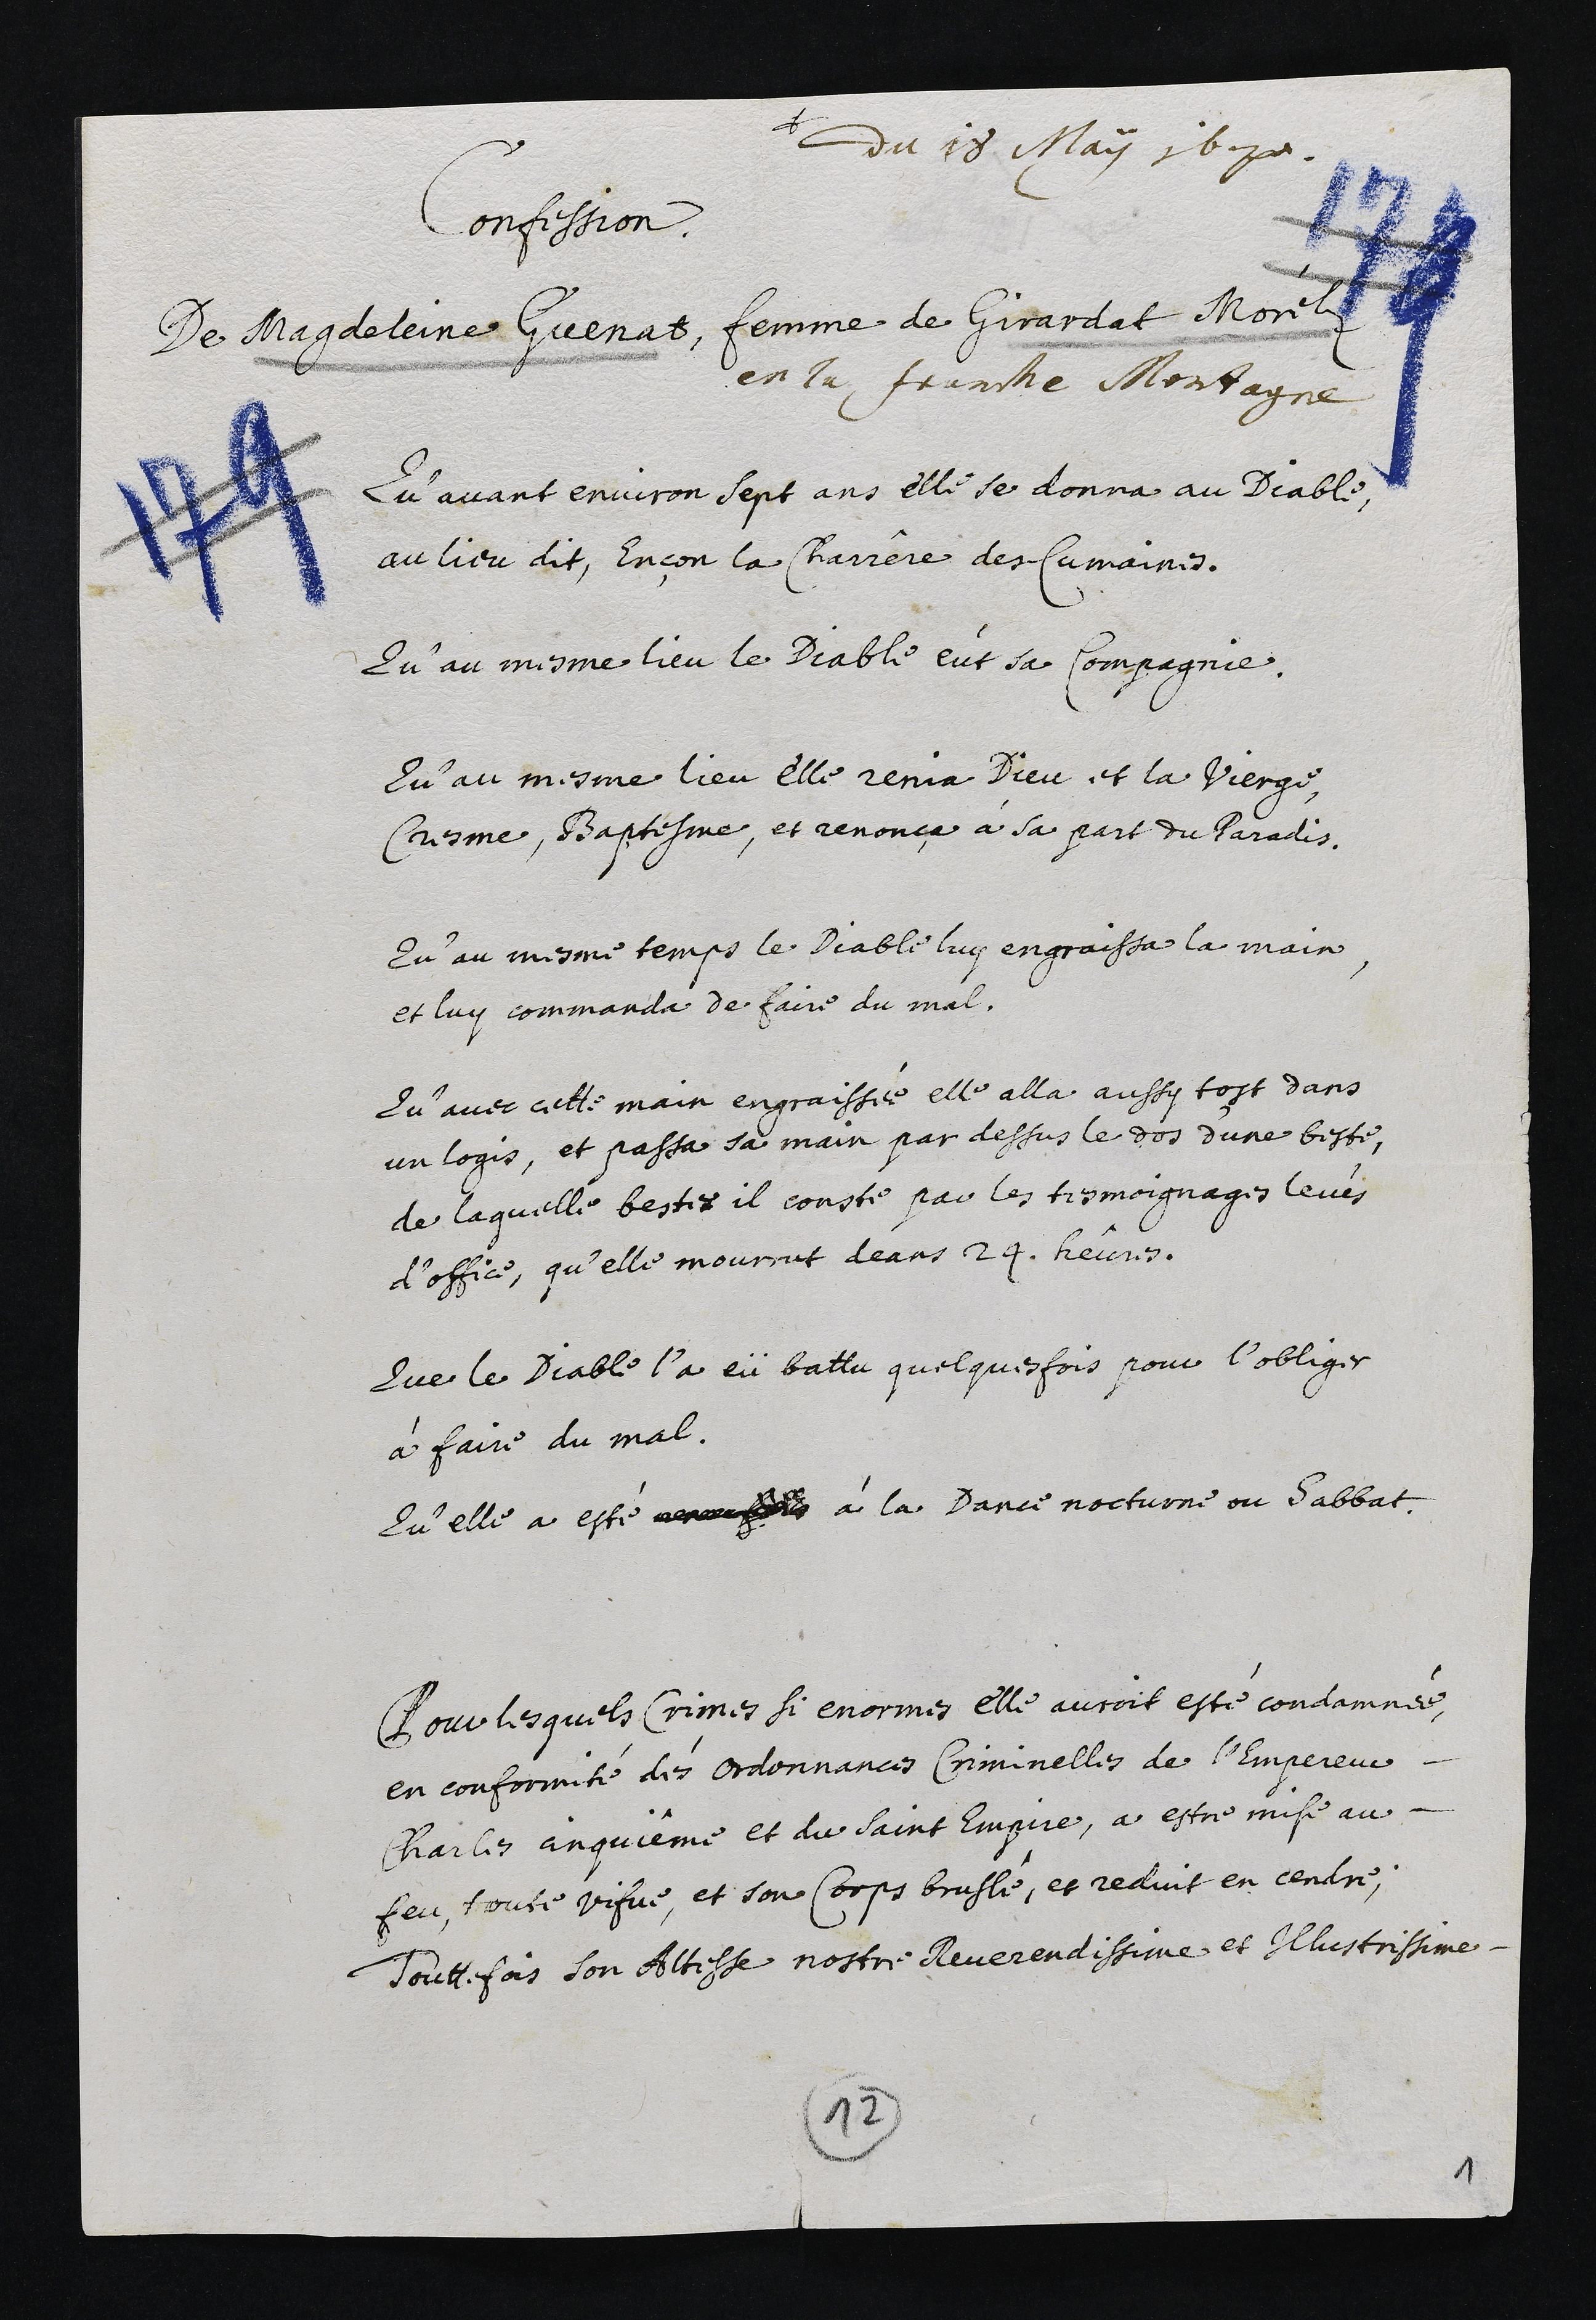
+
du 10 May 1670.
confession
De Magdeleine Guenat, femme de Girardat Moril d
en la Jranthe Montagne
Qu’avant environ sept ans elle se donna au Diable
aulieu dit, Ençon la Charrere des Cumaines.
Qu’au mesme lieu le Diable eut sa Compagnie
Qu’au mesme lieu elle renia Dieu et la Vierge
Cresme, Baptesme, et renonça à sa part du Paradis.
Qu’au mesme temps le Diable luy engraissa la main
et luy commanda de faire du mal.
Qu’avec cette main engraissée elle alla aussy tost dans
un logis, et passa sa main par dessus le dos d’une beste,
de laquelle bestes il conste par les tesmoignages levis
d’office, qu’elle mourrut deans 24. heures.
Que le Diable l’a eü battu quelquesfois pour l’obliger
a faire du mal.
Qu’Elle a esté aonoies à la Dance nocturne ou Sabbat
Pour lesquels Crimes si enormes elle auroit esté condammes,
en conformite des Ordonnances Criminelles de l’Empereur-
Charles anquieme et du saint Emprie, a estre mise au-
feu, toute vifve, et son Corps brusle, et reduit en cendre,
Toutefois son Altesse nostre Reverendissime et Olhustrissime.